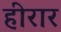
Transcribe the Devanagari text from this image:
हीरार